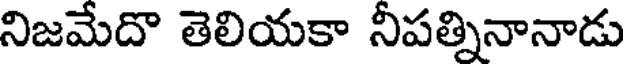
నిజమేదొ తెలియకా నీపత్నినానాడు